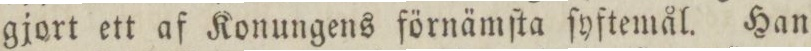
gjort ett af Konungens förnämſta ſyftemål. Han